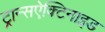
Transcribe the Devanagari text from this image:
ट्रान्सऐक्टिनाइड